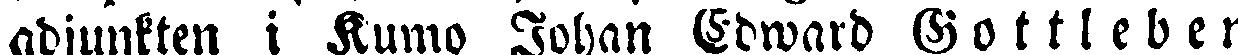
adjunkten i Kumo Johan Edward G o t t l e b e r